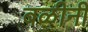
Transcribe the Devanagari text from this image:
बळीनी